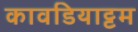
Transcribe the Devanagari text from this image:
कावडियाट्टम